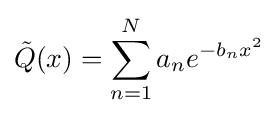
{\tilde {Q}}(x)=\sum _{n=1}^{N}a_{n}e^{-b_{n}x^{2}}